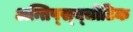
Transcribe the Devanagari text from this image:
अन्तिप्स्य्चोटिक